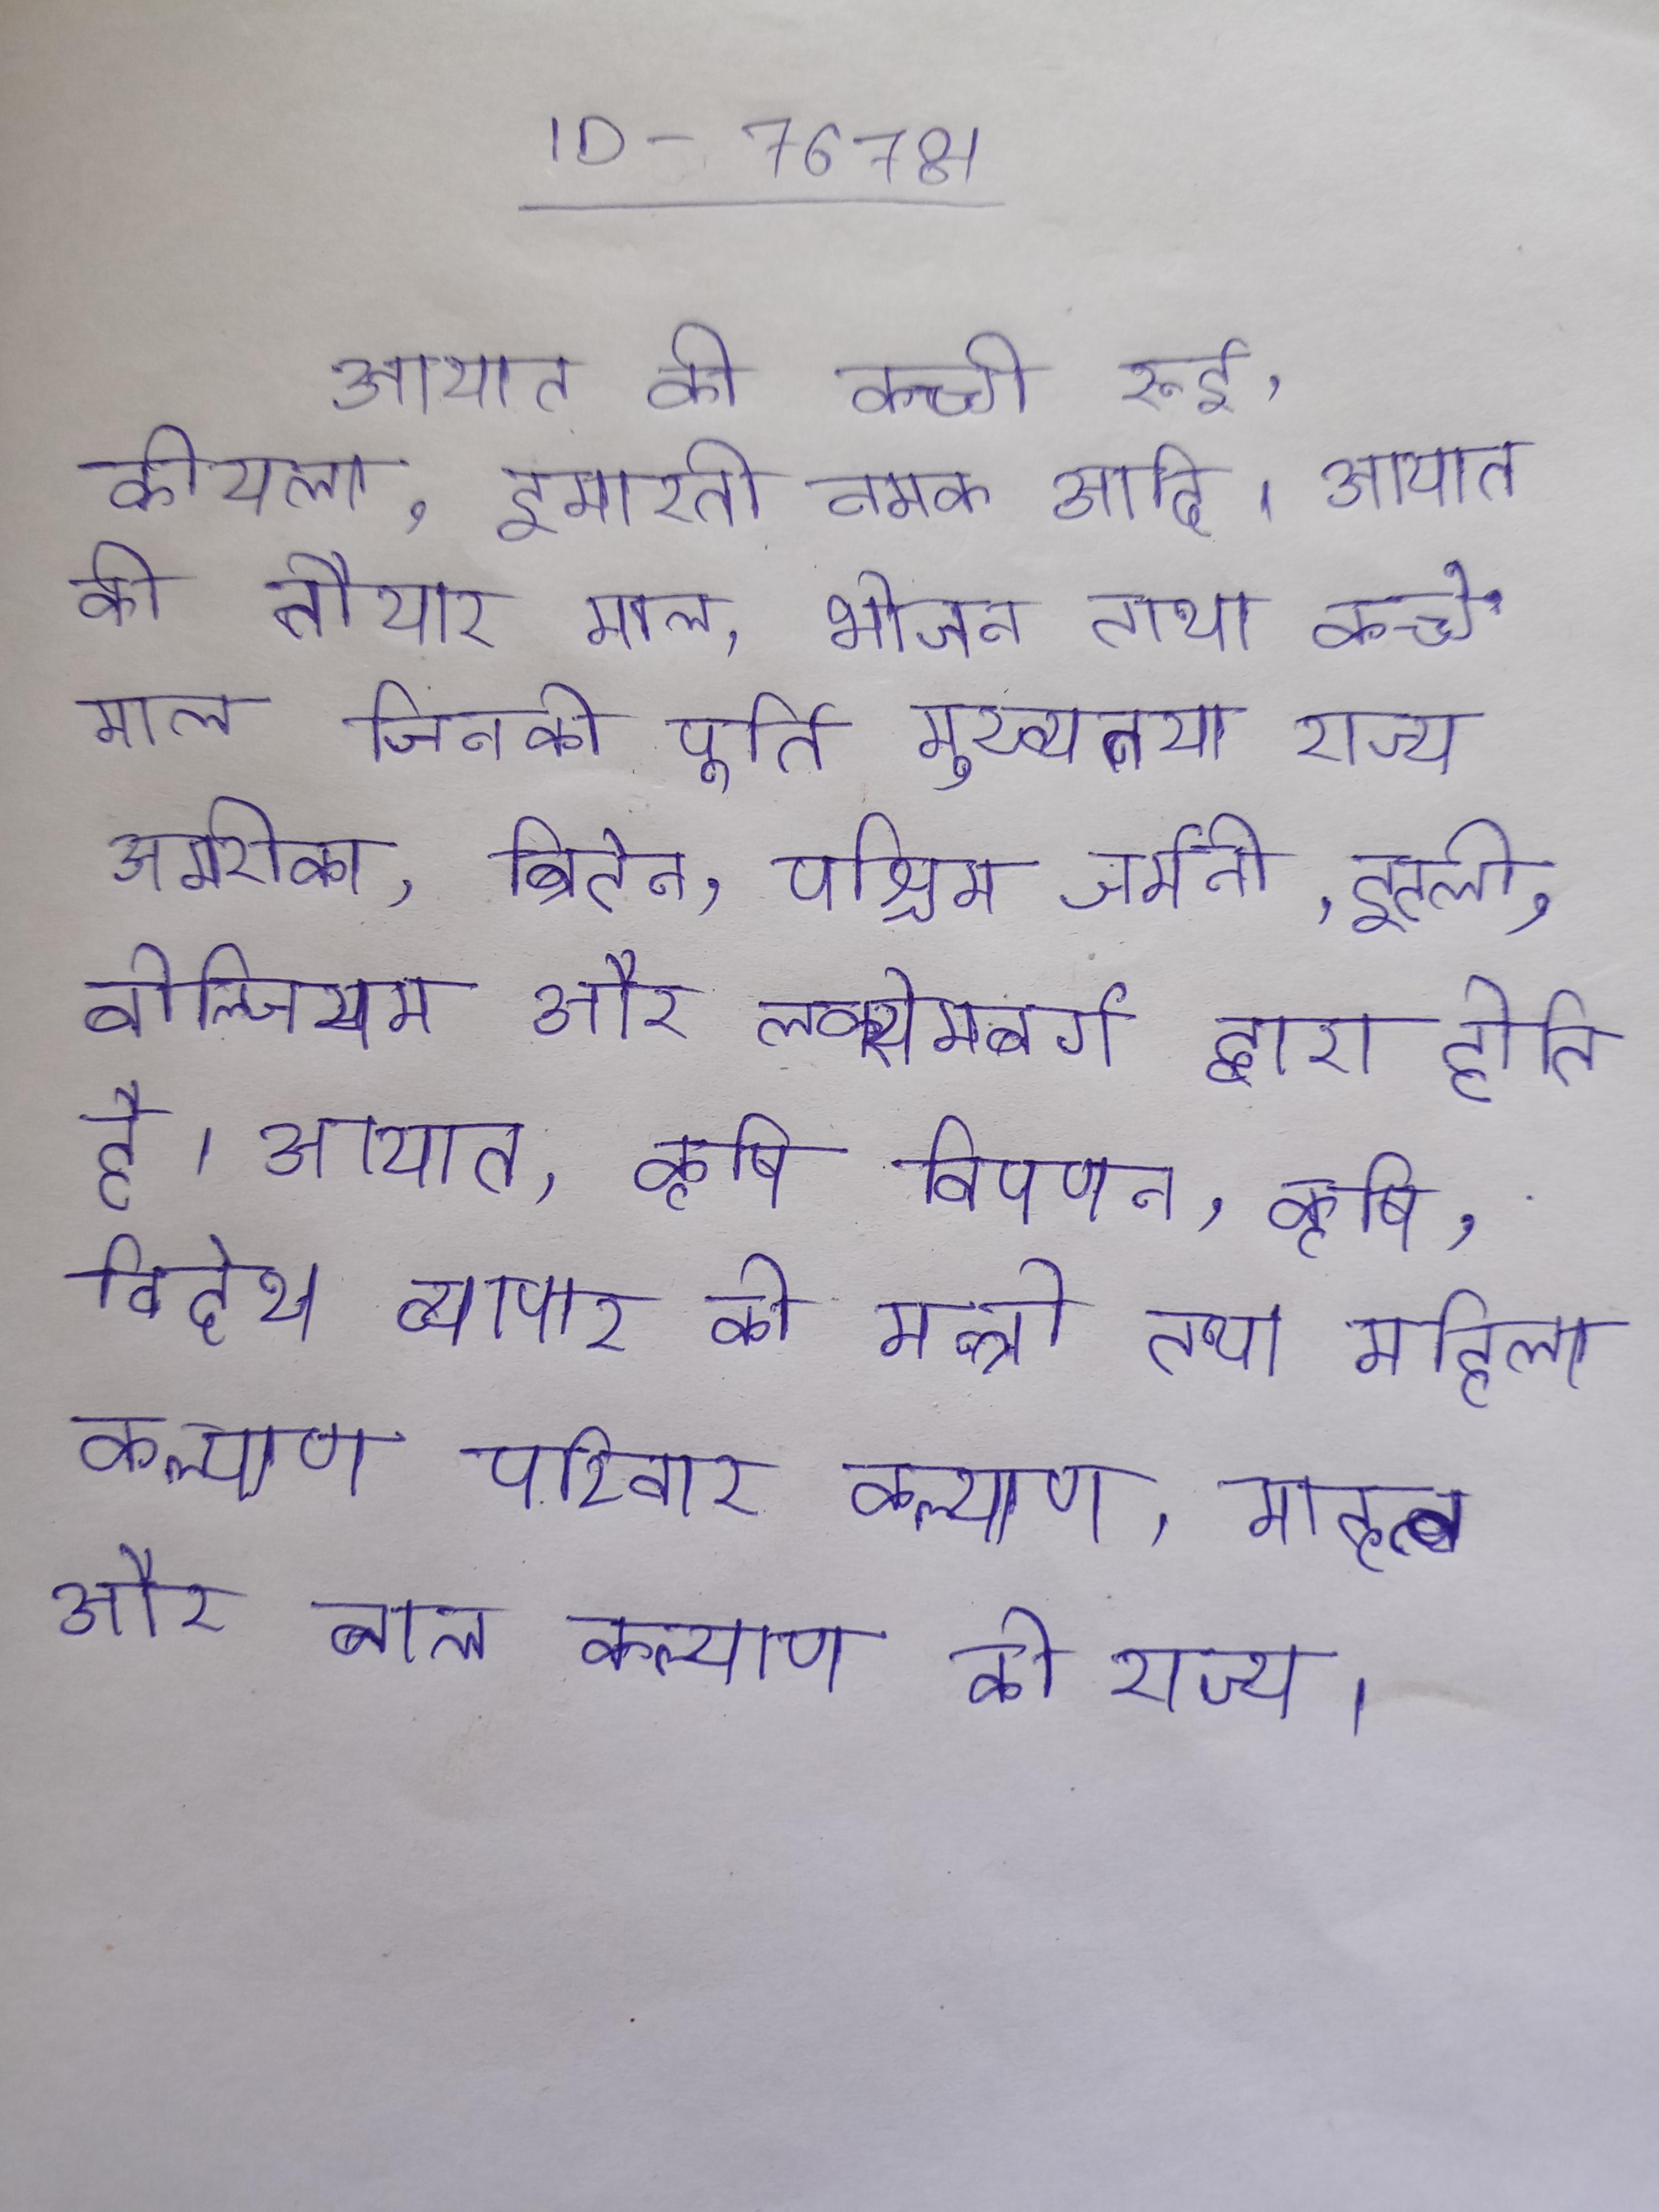
आयात की कच्ची रूई, कोयला, इमारती नमक आदि । आयात की तैयार माल, भोजन तथा कच्चे माल जिनकी पूर्ति मुख्यतया राज्य अमरीका, ब्रिटेन, पश्चिम जर्मनी, इटली, बेल्जियम और लक्सेमबर्ग द्वारा होती है । आयात, कृषि विपणन, कृषि, विदेश व्यापार की मन्त्री तथा महिला कल्याण परिवार कल्याण, मातृत्व और बाल कल्याण की राज्य ।